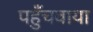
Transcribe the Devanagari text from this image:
पहुँचवाया